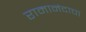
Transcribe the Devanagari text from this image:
रामानंदाचा